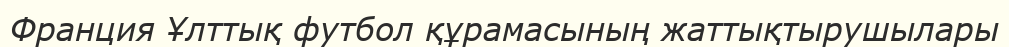
Франция Ұлттық футбол құрамасының жаттықтырушылары